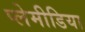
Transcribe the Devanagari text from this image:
प्लेमीडिया